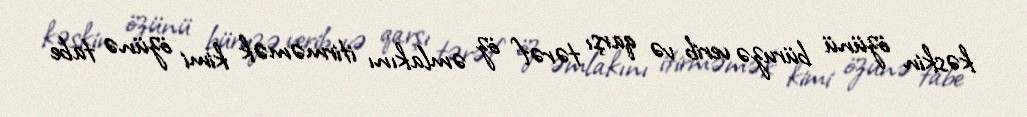
kəskin özünü büruzə verib və qarşı tərəf öz əmlakını itirməmək kimi özünə tabe